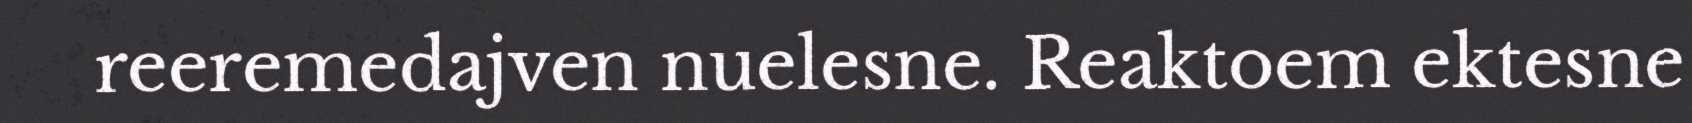
reeremedajven nuelesne. Reaktoem ektesne